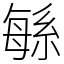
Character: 緐